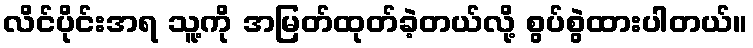
လိင်ပိုင်းအရ သူ့ကို အမြတ်ထုတ်ခဲ့တယ်လို့ စွပ်စွဲထားပါတယ်။